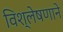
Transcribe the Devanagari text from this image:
विश्लेषणाने